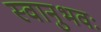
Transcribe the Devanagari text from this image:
स्वानुभवः